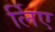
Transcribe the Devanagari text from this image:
र्लिए